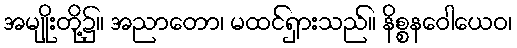
အမျိုးတို့၌။ အညာတော၊ မထင်ရှားသည်။ နိစ္စနဝေါယေဝ၊